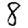
Digit: 8